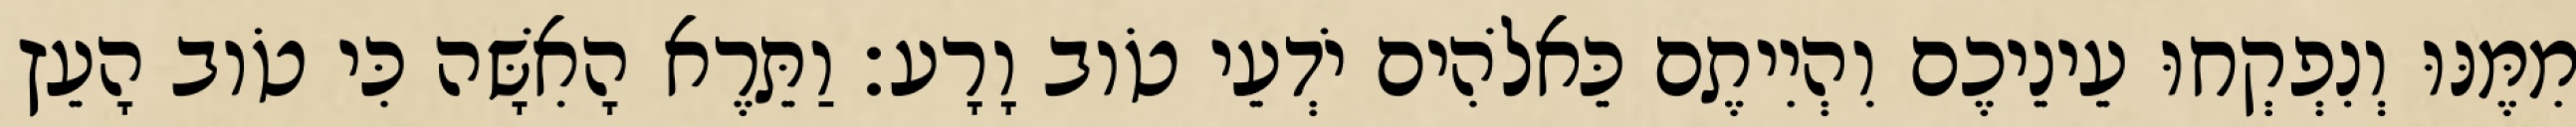
מִמֶּנּוּ וְנִפְקְחוּ עֵינֵיכֶם וִהְיִיתֶם כֵּאלֹהִים יֹדְעֵי טֹוב וָרָע׃ וַתֵּרֶא הָאִשָּׁה כִּי טֹוב הָעֵץ